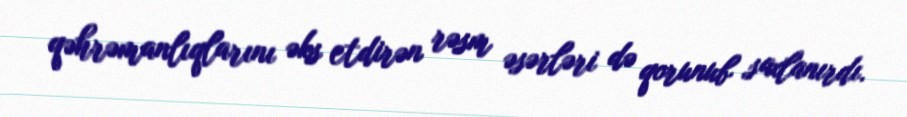
qəhrəmanlıqlarını əks etdirən rəsm əsərləri də qorunub saxlanırdı.